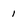
Character: 1